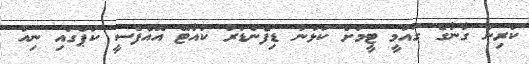
ކުރިން ގާނާގެ ގައުމީ ޓީމަށް ކުޅުނު ޑިފެންޑަރު ކުއާޓޭ އޭއެފްސީ ކަޕްގައި ނިއު